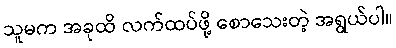
သူမက အခုထိ လက်ထပ်ဖို့ စောသေးတဲ့ အရွယ်ပါ။